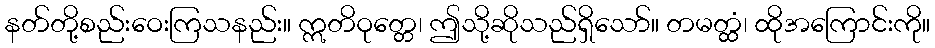
နတ်တို့စည်းဝေးကြသနည်း။ ဣတိဝုတ္တေ၊ ဤသို့ဆိုသည်ရှိသော်။ တမတ္ထံ၊ ထိုအကြောင်းကို။